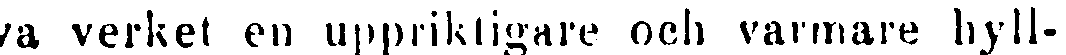
va verket en uppriktigare och varmare hyll-